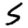
Digit: 5